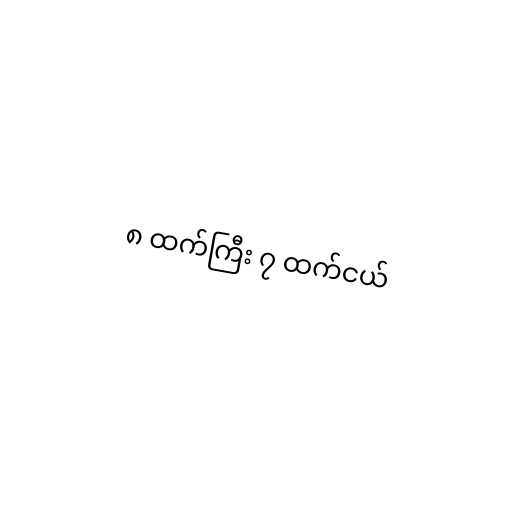
၈ ထက်ကြီး ၇ ထက်ငယ်